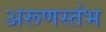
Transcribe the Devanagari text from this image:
अरूणस्तंभ